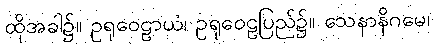
ထိုအခါ၌။ ဥရုဝေဠာယံ၊ ဥရုဝေဠပြည်၌။ သေနာနိဂမေ၊